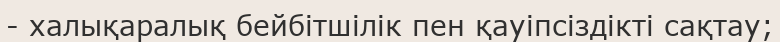
- халықаралық бейбітшілік пен қауіпсіздікті сақтау;